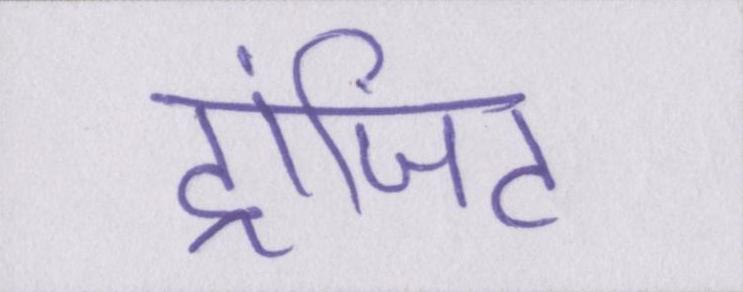
ट्रांजिट